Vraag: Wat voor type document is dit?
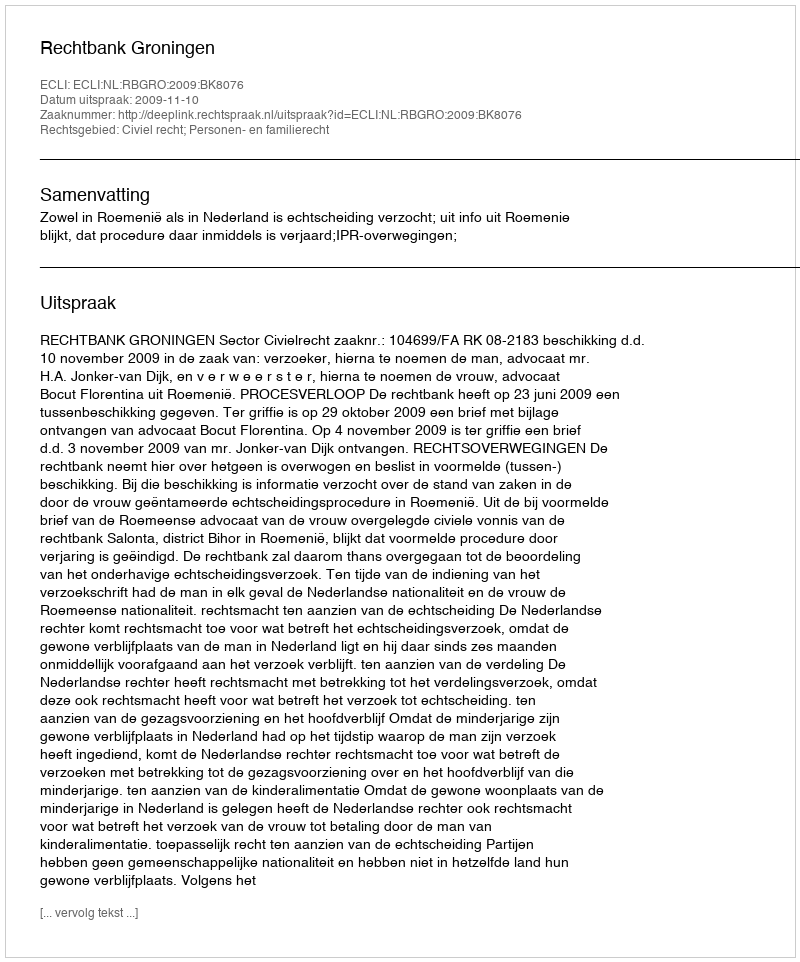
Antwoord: Uitspraak